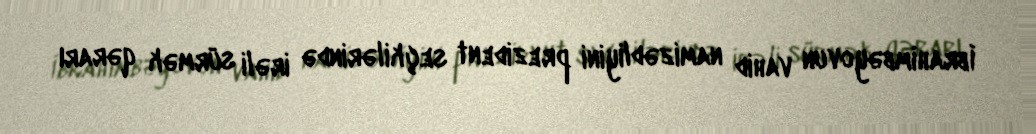
İbrahimbəyovun vahid namizədliyini prezident seçkilərində irəli sürmək qərarı